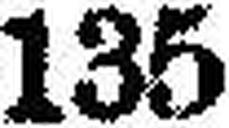
135